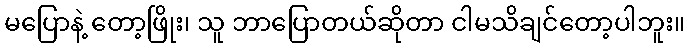
မပြောနဲ့ တော့ဖြိုး၊ သူ ဘာပြောတယ်ဆိုတာ ငါမသိချင်တော့ပါဘူး။